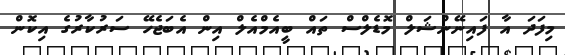
މިފަދަ އާ ފައިނޭންޝަލް މޮޑެލްސް ތައް ބީއެމްއެލް އިން އެބަޖެހޭ ސަރުކާރުގެ އިކޮން